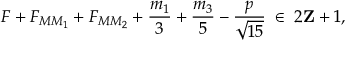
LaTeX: F + F _ { M M _ { 1 } } + F _ { M M _ { 2 } } + \frac { m _ { 1 } } { 3 } + \frac { m _ { 3 } } { 5 } - \frac { p } { \sqrt { 1 5 } } \; \in \; 2 { \bf Z } + 1 ,